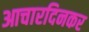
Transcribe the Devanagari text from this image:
आचारदिनकर